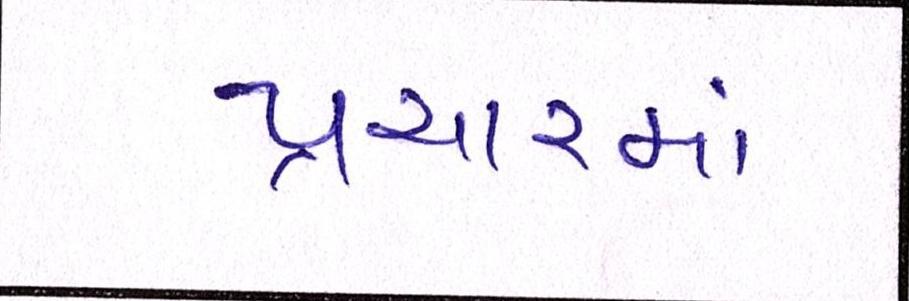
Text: પ્રચારમાં